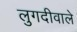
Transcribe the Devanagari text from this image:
लुगदीवाले